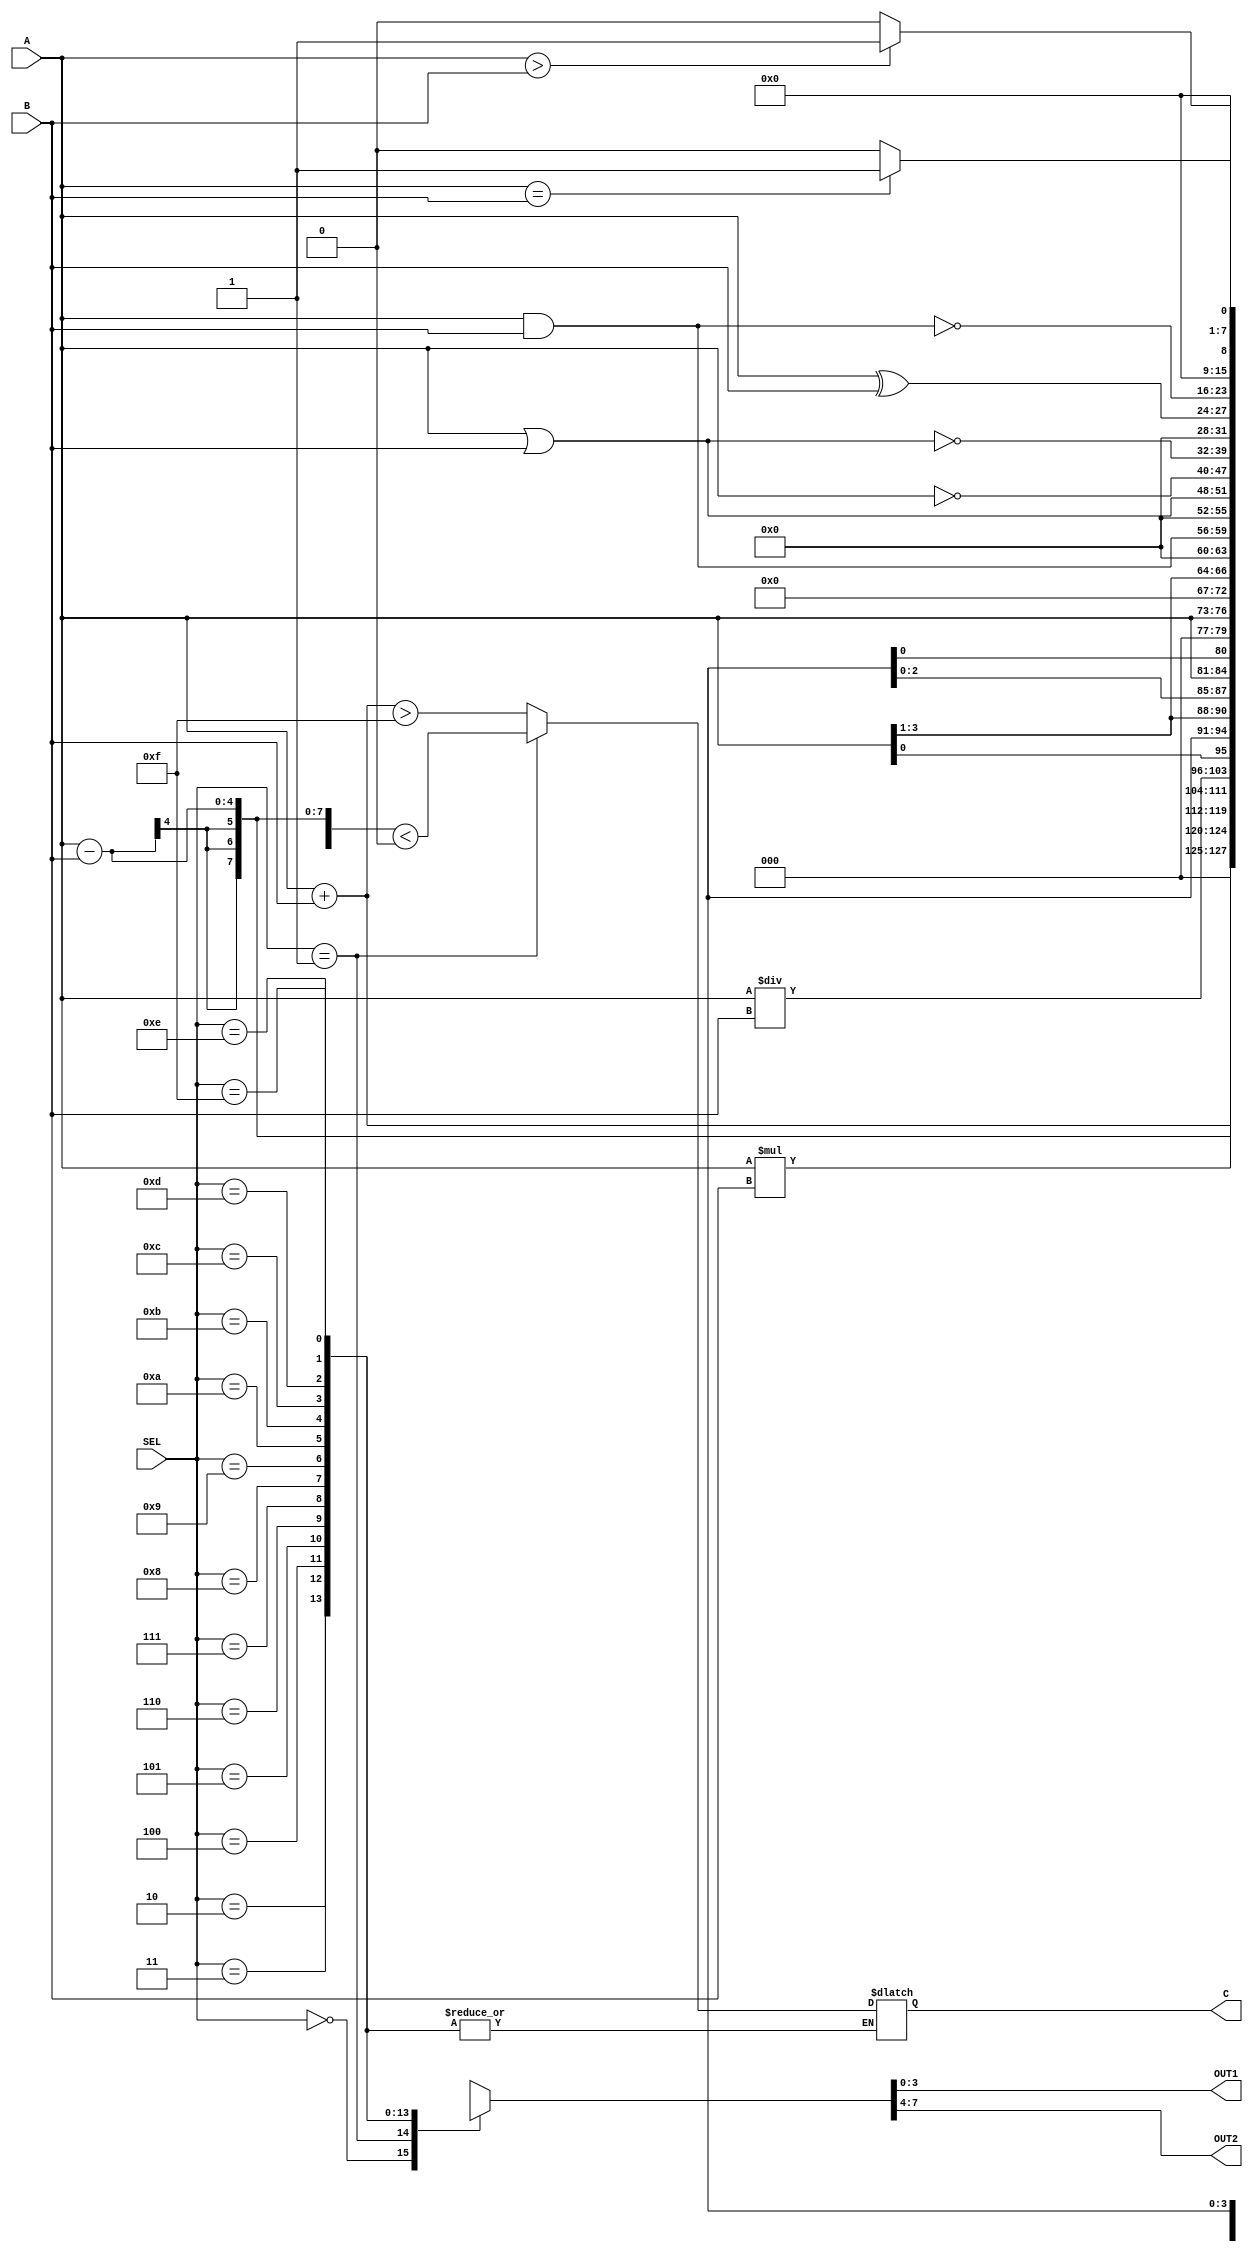
module ALU_4bit(
  input [3:0] A,
  input [3:0] B,
  input [3:0] SEL,
  output reg C,
  output wire [3:0] OUT1,
  output wire [3:0] OUT2
);

  reg [7:0] result; // Increase the width of the result register

  always @(*)
    case (SEL)
      4'b0000: begin
        result = A + B;
        C = (A + B) > 15;
      end
      4'b0001: begin
        result = A - B;
        C = (A - B) < 0;
      end
      4'b0010: result = A * B;
      4'b0011: result = A / B;
      4'b0100: result = {A[0], A[7:1]};
      4'b0101: result = {A[6:0], A[7]};
      4'b0110: result = A << 1;
      4'b0111: result = A >> 1;
      4'b1000: result = A & B;
      4'b1001: result = A | B;
      4'b1010: result = ~A;
      4'b1011: result = ~(A | B);
      4'b1100: result = A ^ B;
      4'b1101: result = ~(A & B);
      4'b1110: result = (A > B) ? 4'b1 : 4'b0;
      4'b1111: result = (A == B) ? 4'b1 : 4'b0;
      default: result = 4'b0;
    endcase

  // Output assignment
  assign OUT1 = result[3:0]; // Assign the lower 4 bits of result to OUT1
  assign OUT2 = result[7:4]; // Assign the upper 4 bits of result to OUT2
endmodule


module tb;
  reg [3:0] A;
  reg [3:0] B;
  reg [3:0] SEL;
  wire C;
  wire [3:0] out1;
  wire [3:0] out2;
  reg clk;

  ALU_4bit u0(.A(A), .B(B), .SEL(SEL), .C(C), .OUT1(out1), .OUT2(out2));

  initial begin
    clk = 0;
    #5 A = 4'b0001; B = 4'b0001; SEL = 4'b0000;
    #5 A = 4'b0001; B = 4'b1000; SEL = 4'b0000;
    #5 A = 4'b1111; B = 4'b0011; SEL = 4'b0001;
    #5 $finish;
  end
  initial begin
  	$dumpfile("dump.vcd");
  	$dumpvars;
  end
  always #5 clk = ~clk;
endmodule